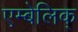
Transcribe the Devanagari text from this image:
एम्बेलिक्